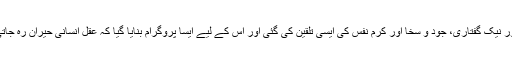
الغرض پورے مکارمِ اخلاق، تقویٰ وصلاح، نیکو شعاری اور نیک گفتاری، جود و سخا اور کرمِ نفس کی ایسی تلقین کی گئی اور اس کے لیے ایسا پروگرام بنایا گیا کہ عقلِ انسانی حیران رہ جاتی ہے اور اس سے بہتر تدبیر کا کوئی امکان باقی نہیں رہتا۔